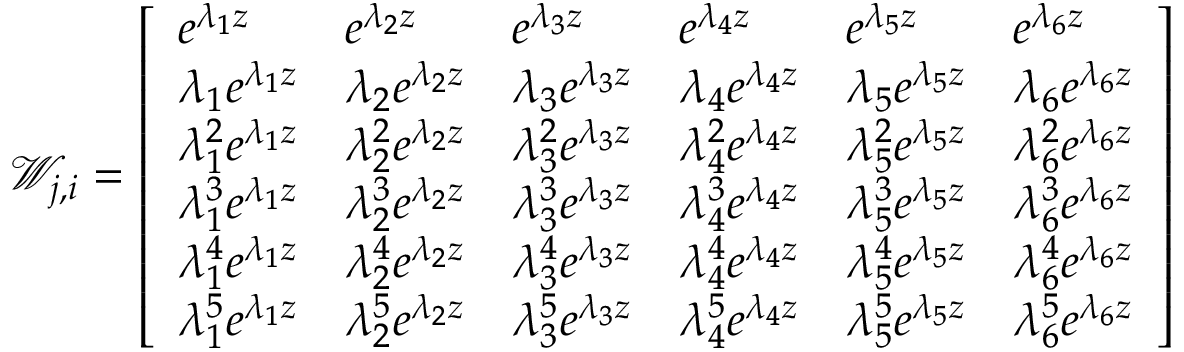
\mathscr { W } _ { j , i } = \left[ \begin{array} { l l l l l l } { e ^ { \lambda _ { 1 } z } } & { e ^ { \lambda _ { 2 } z } } & { e ^ { \lambda _ { 3 } z } } & { e ^ { \lambda _ { 4 } z } } & { e ^ { \lambda _ { 5 } z } } & { e ^ { \lambda _ { 6 } z } } \\ { \lambda _ { 1 } e ^ { \lambda _ { 1 } z } } & { \lambda _ { 2 } e ^ { \lambda _ { 2 } z } } & { \lambda _ { 3 } e ^ { \lambda _ { 3 } z } } & { \lambda _ { 4 } e ^ { \lambda _ { 4 } z } } & { \lambda _ { 5 } e ^ { \lambda _ { 5 } z } } & { \lambda _ { 6 } e ^ { \lambda _ { 6 } z } } \\ { \lambda _ { 1 } ^ { 2 } e ^ { \lambda _ { 1 } z } } & { \lambda _ { 2 } ^ { 2 } e ^ { \lambda _ { 2 } z } } & { \lambda _ { 3 } ^ { 2 } e ^ { \lambda _ { 3 } z } } & { \lambda _ { 4 } ^ { 2 } e ^ { \lambda _ { 4 } z } } & { \lambda _ { 5 } ^ { 2 } e ^ { \lambda _ { 5 } z } } & { \lambda _ { 6 } ^ { 2 } e ^ { \lambda _ { 6 } z } } \\ { \lambda _ { 1 } ^ { 3 } e ^ { \lambda _ { 1 } z } } & { \lambda _ { 2 } ^ { 3 } e ^ { \lambda _ { 2 } z } } & { \lambda _ { 3 } ^ { 3 } e ^ { \lambda _ { 3 } z } } & { \lambda _ { 4 } ^ { 3 } e ^ { \lambda _ { 4 } z } } & { \lambda _ { 5 } ^ { 3 } e ^ { \lambda _ { 5 } z } } & { \lambda _ { 6 } ^ { 3 } e ^ { \lambda _ { 6 } z } } \\ { \lambda _ { 1 } ^ { 4 } e ^ { \lambda _ { 1 } z } } & { \lambda _ { 2 } ^ { 4 } e ^ { \lambda _ { 2 } z } } & { \lambda _ { 3 } ^ { 4 } e ^ { \lambda _ { 3 } z } } & { \lambda _ { 4 } ^ { 4 } e ^ { \lambda _ { 4 } z } } & { \lambda _ { 5 } ^ { 4 } e ^ { \lambda _ { 5 } z } } & { \lambda _ { 6 } ^ { 4 } e ^ { \lambda _ { 6 } z } } \\ { \lambda _ { 1 } ^ { 5 } e ^ { \lambda _ { 1 } z } } & { \lambda _ { 2 } ^ { 5 } e ^ { \lambda _ { 2 } z } } & { \lambda _ { 3 } ^ { 5 } e ^ { \lambda _ { 3 } z } } & { \lambda _ { 4 } ^ { 5 } e ^ { \lambda _ { 4 } z } } & { \lambda _ { 5 } ^ { 5 } e ^ { \lambda _ { 5 } z } } & { \lambda _ { 6 } ^ { 5 } e ^ { \lambda _ { 6 } z } } \end{array} \right]